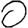
Digit: 0